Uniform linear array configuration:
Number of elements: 8
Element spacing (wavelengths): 0.75
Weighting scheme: blackman
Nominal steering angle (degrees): -30
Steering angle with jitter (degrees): -28.943
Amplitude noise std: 0.05
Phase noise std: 0.05

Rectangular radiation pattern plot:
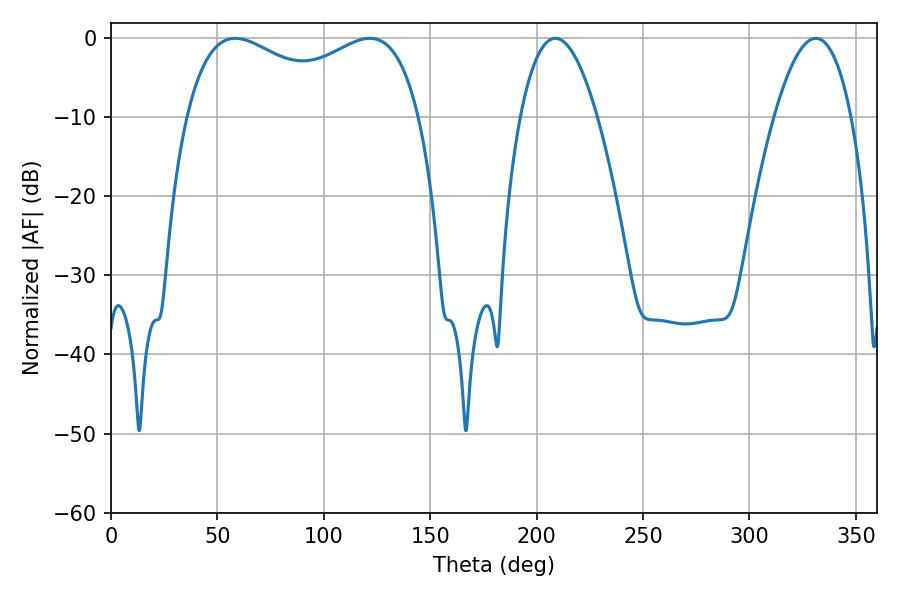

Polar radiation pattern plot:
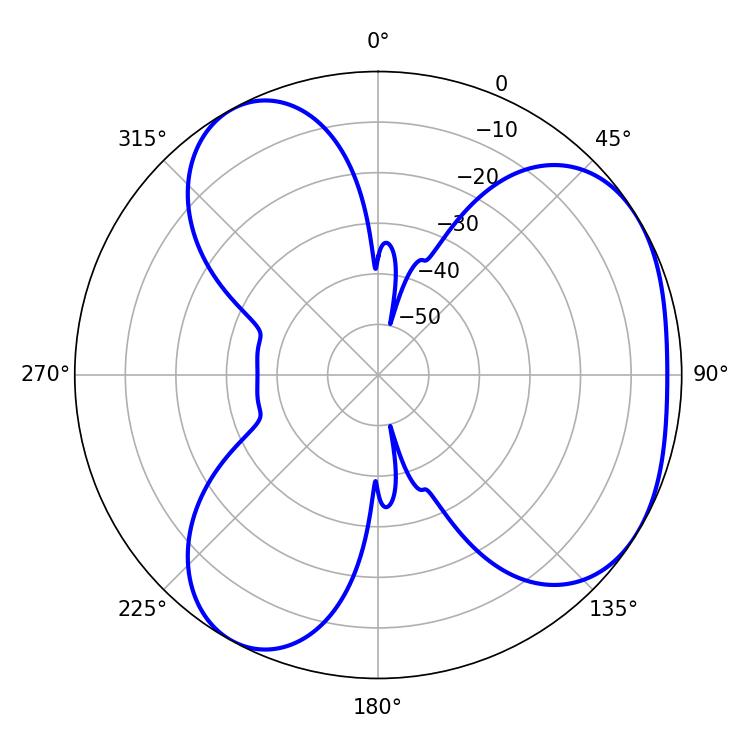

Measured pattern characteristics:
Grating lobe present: TRUE
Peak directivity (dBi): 4.168
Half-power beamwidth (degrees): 19.98
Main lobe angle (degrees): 208.8